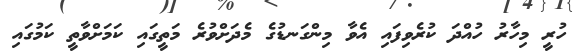
ހުރީ މިހާރު ހުއްދަ ކުރެވިފައި އެވާ މިންގަނޑުގެ މެދަށްވުރެ މަތީގައި ކަމަށްވާތީ ކަމުގައި